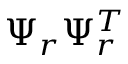
\Psi _ { r } \Psi _ { r } ^ { T }